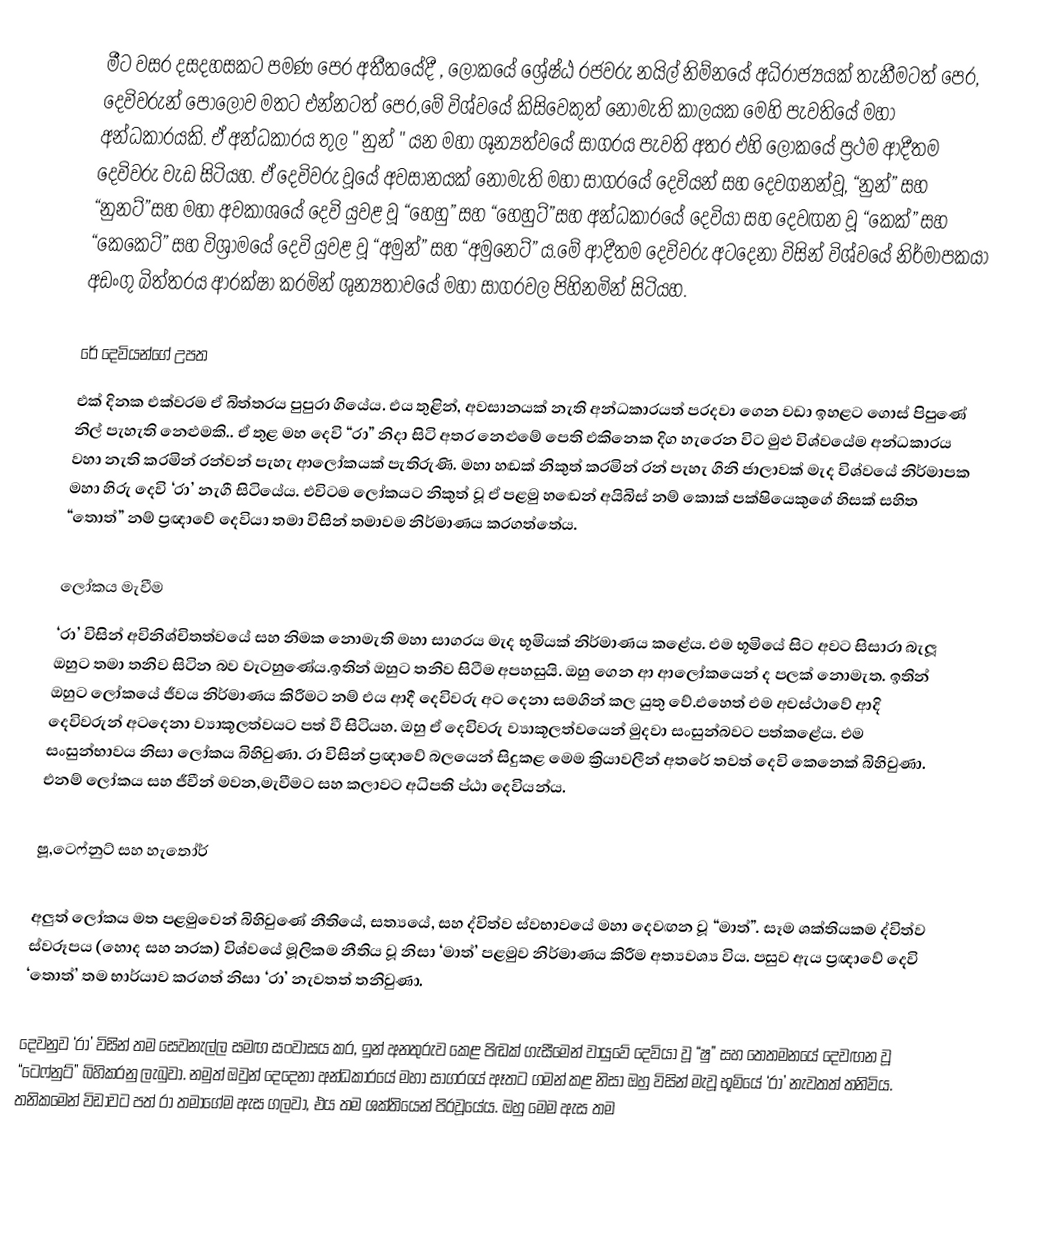
මීට වසර දසදහසකට පමණ පෙර අතීතයේදී , ලෝකයේ ශ්‍රේෂ්ඨ රජවරු නයිල් නිම්නයේ අධිරාජ්‍යයක් තැනීමටත් පෙර, දෙවිවරුන් පොලොව මතට එන්නටත් පෙර,මේ විශ්වයේ කිසිවෙකුත් නොමැති කාලයක මෙහි පැවතියේ මහා අන්ධකාරයකි. ඒ අන්ධකාරය තුල " නුන් " යන මහා ශූන්‍යත්වයේ සාගරය පැවති අතර එහි ලෝකයේ ප්‍රථම ආදීතම දෙවිවරු වැඩ සිටියහ. ඒ දෙවිවරු වූයේ අවසානයක් නොමැති මහා සාගරයේ දෙවියන් සහ දෙවගනන්වූ, “නුන්” සහ “නුනට්”සහ මහා අවකාශයේ දෙවි යුවළ වූ “හෙහු” සහ “හෙහුට්”සහ අන්ධකාරයේ දෙවියා සහ දෙවඟන වූ “කෙක්” සහ “කෙකෙට්” සහ විශ්‍රාමයේ දෙවි යුවළ වූ “අමුන්” සහ “අමුනෙට්” ය.මේ ආදීතම දෙවිවරු අටදෙනා විසින් විශ්වයේ නිර්මාපකයා අඩංගු බිත්තරය ආරක්ෂා කරමින් ශුන්‍යතාවයේ මහා සාගරවල පිහිනමින් සිටියහ.

රේ දෙවියන්ගේ උපත
එක් දිනක එක්වරම ඒ බිත්තරය පුපුරා ගියේය. එය තුළින්, අවසානයක් නැති අන්ධකාරයත් පරදවා ගෙන වඩා ඉහළට ගොස් පිපුණේ නිල් පැහැති නෙළුමකි.. ඒ තුළ මහ දෙවි “රා” නිදා සිටි අතර නෙළුමේ පෙති එකිනෙක දිග හැරෙන විට මුළු විශ්වයේම අන්ධකාරය වහා නැති කරමින් රන්වන් පැහැ ආලෝකයක් පැතිරුණි. මහා හඬක් නිකුත් කරමින් රන් පැහැ ගිනි ජාලාවක් මැද විශ්වයේ නිර්මාපක මහා හිරු දෙවි ‘රා’ නැගී සිටියේය. එවිටම ලෝකයට  නිකුත් වූ ඒ පළමු හඬෙන් අයිබිස් නම් කොක් පක්ෂියෙකුගේ හිසක් සහිත “තොත්” නම් ප්‍රඥාවේ දෙවියා තමා විසින් තමාවම නිර්මාණය කරගත්තේය.

ලෝකය මැවීම
‘රා’ විසින් අවිනිශ්චිතත්වයේ සහ නිමක නොමැති මහා සාගරය මැද භූමියක් නිර්මාණය කළේය. එම භූමියේ සිට අවට සිසාරා බැලූ ඔහුට තමා තනිව සිටින බව වැටහුණේය.ඉතින් ඔහුට තනිව සිටීම අපහසුයි. ඔහු ගෙන ආ ආලෝකයෙන් ද පලක් නොමැත. ඉතින් ඔහුට ලෝකයේ ජීවය නිර්මාණය කිරීමට නම් එය ආදී දෙවිවරු අට දෙනා සමගින් කල යුතු වේ.එහෙත් එම අවස්ථාවේ ආදි දෙවිවරුන් අටදෙනා  ව්‍යාකූලත්වයට පත් වී සිටියහ. ඔහු ඒ දෙවිවරු ව්‍යාකූලත්වයෙන් මුදවා සංසුන්බවට පත්කළේය. එම සංසුන්භාවය නිසා ලෝකය බිහිවුණා. රා විසින් ප්‍රඥාවේ බලයෙන් සිදුකළ මෙම ක්‍රියාවලීන් අතරේ තවත් දෙවි කෙනෙක් බිහිවුණා. එනම් ලෝකය සහ ජීවීන් මවන,මැවීමට සහ කලාවට අධිපති ප්ඨා දෙවියන්ය.

ෂූ,ටෙෆ්නුට් සහ හැතෝර්

අලුත් ලෝකය මත පළමුවෙන් බිහිවුණේ නීතියේ, සත්‍යයේ, සහ ද්විත්ව ස්වභාවයේ මහා දෙවඟන වූ “මාත්”.  සෑම ශක්තියකම ද්විත්ව ස්වරූපය (හොද සහ නරක) විශ්වයේ මූලිකම නීතිය වූ නිසා ‘මාත්’ පළමුව නිර්මාණය කිරීම අත්‍යවශ්‍ය විය. පසුව ඇය ප්‍රඥාවේ දෙවි ‘තොත්’  තම භාර්යාව කරගත් නිසා ‘රා’ නැවතත් තනිවුණා.

දෙවනුව ‘රා’ විසින් තම සෙවනැල්ල සමඟ සංවාසය කර, ඉන් අනතුරුව කෙළ පිඬක් ගැසීමෙන් වායුවේ දෙවියා වූ  “ෂු” සහ තෙතමනයේ දෙවඟන වූ “ටෙෆ්නුට්” බිහිකරනු ලැබුවා. නමුත් ඔවුන් දෙදෙනා අන්ධකාරයේ මහා සාගරයේ ඈතට ගමන් කළ නිසා ඔහු විසින් මැවූ භූමියේ ‘රා’ නැවතත් තනිවිය. තනිකමෙන් විඩාවට පත් රා තමාගේම ඇස ගලවා, එය තම ශක්තියෙන් පිරවූයේය. ඔහු මෙම ඇස තම